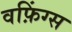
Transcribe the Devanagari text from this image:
वफ़िंग्स